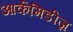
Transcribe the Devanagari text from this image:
आर्कमिडीज़